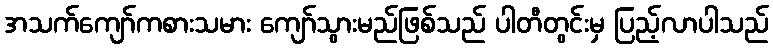
အသက်ကျော်ကစားသမား ကျော်သွားမည်ဖြစ်သည် ပါတီတွင်းမှ ပြည့်လာပါသည်